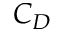
C _ { D }